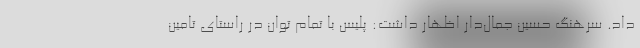
داد. سرهنگ حسین جمال‌دار اظهار داشت: پلیس با تمام توان در راستای تامین